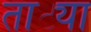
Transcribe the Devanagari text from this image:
ताट्या